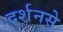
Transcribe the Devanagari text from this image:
दर्शनसे